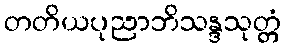
တတိယပုညာဘိသန္ဒသုတ္တံ